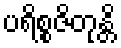
ပရိစ္စဇိတုန္တိ